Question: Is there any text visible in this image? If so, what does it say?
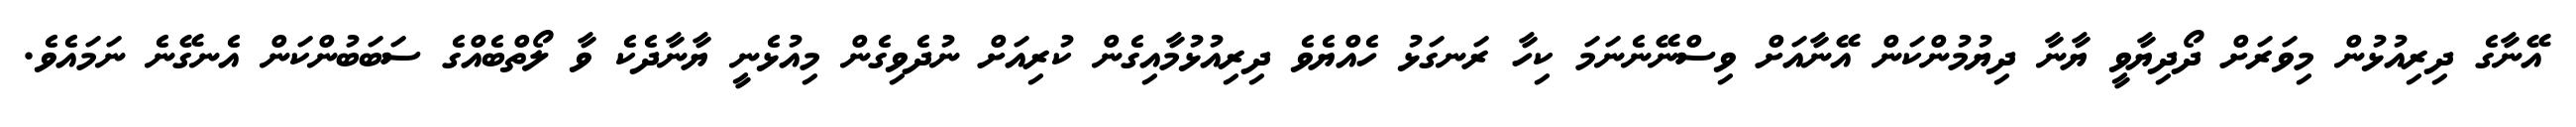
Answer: އޭނާގެ ދިރިއުޅުން މިވަރަށް ދޯދިޔާވީ ޔާނާ ދިޔުމުންކަން އޭނާއަށް ވިސްނޭނެނަމަ ކިހާ ރަނގަޅު ހެއްޔެވެ ދިރިއުޅުމާއިގެން ކުރިއަށް ނުދެވިގެން މިއުޅެނީ ޔާނާދެކެ ވާ ލޯތްބެއްގެ ސަބަބުންކަން އެނގޭނެ ނަމައެވެ.